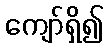
ကျော်ရှိ၍